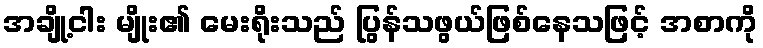
အချို့ငါး မျိုး၏ မေးရိုးသည် ပြွန်သဖွယ်ဖြစ်နေသဖြင့် အစာကို